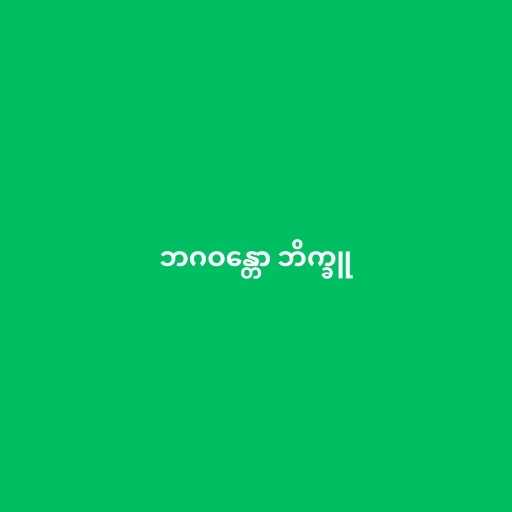
ဘဂဝန္တော ဘိက္ခူ